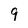
Character: 9